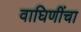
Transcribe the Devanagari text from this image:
वाघिणींचा